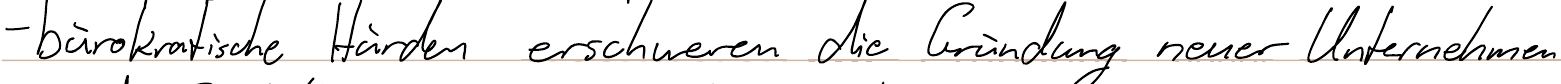
- bürokratische Hürden erschweren die Gründung neuer Unternehmen